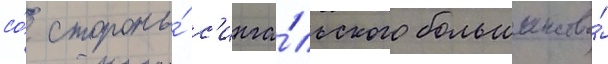
со́ стороны́ с'инга́льского большинства́